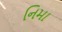
નિમા